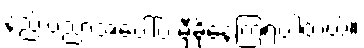
နည်းပညာအပေါ်ပဲ မှီခိုနေကြရပါတယ်။